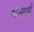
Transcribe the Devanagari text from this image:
विलगही